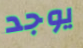
يوجد